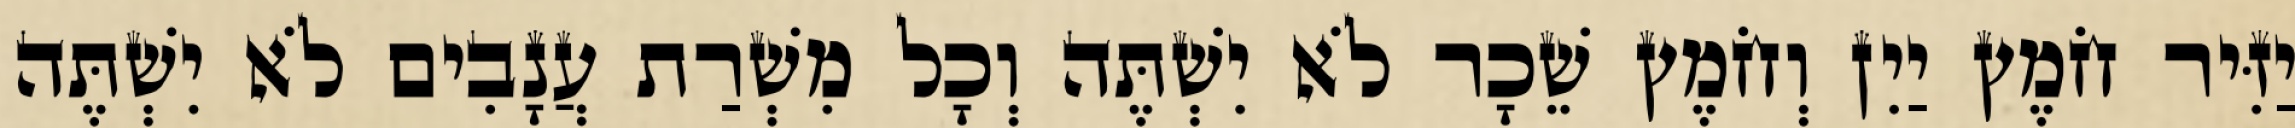
יַזִּיר חֹמֶץ יַיִן וְחֹמֶץ שֵׁכָר לֹא יִשְׁתֶּה וְכָל מִשְׁרַת עֲנָבִים לֹא יִשְׁתֶּה